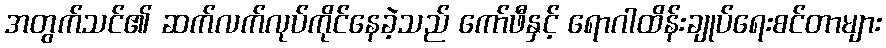
အတွက်သင်၏ ဆက်လက်လုပ်ကိုင်နေခဲ့သည် ကော်ဖီနှင့် ရောဂါထိန်းချုပ်ရေးစင်တာများ